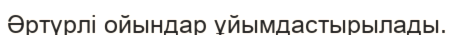
Әртүрлі ойындар ұйымдастырылады.